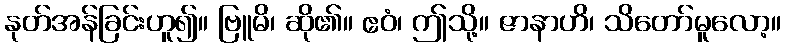
နုတ်အန်ခြင်းဟူ၍။ ဗြူမိ၊ ဆို၏။ ဧဝံ၊ ဤသို့။ ဇာနာဟိ၊ သိတော်မူလော့။